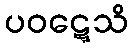
ပဝဋ္ဋေသိ